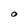
Character: O